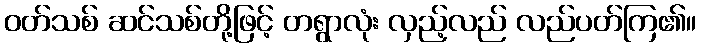
ဝတ်သစ် ဆင်သစ်တို့ဖြင့် တရွာလုံး လှည့်လည် လည်ပတ်ကြ၏။